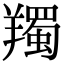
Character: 𦏕